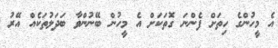
އެ މީހުންގެ ހިތަށް ފެންނަ ގޮތަކަށް އެ މީހުން ބޭނުންވާ ބަދަލުތަކެއް އޭރު